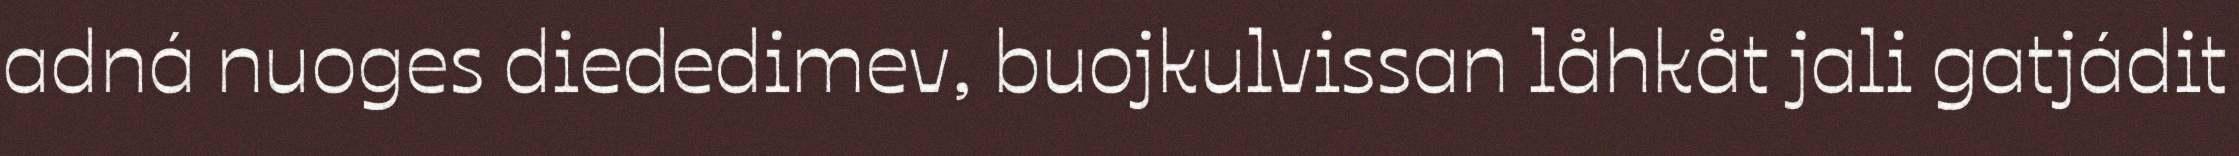
adná nuoges diededimev, buojkulvissan låhkåt jali gatjádit